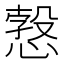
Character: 𢟥